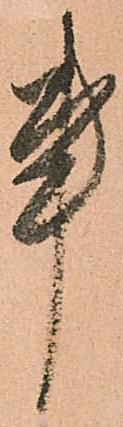
事